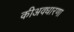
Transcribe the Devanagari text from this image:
कीअवधारणा